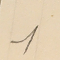
1